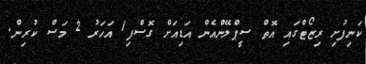
ކަނިފުށި ރިޒޯޓްގައި އޮތް ސީޕްލޭންއެން އަޑިއަށް ގޮސްފި1 އަހަރު 2 މަސް ކުރިން.